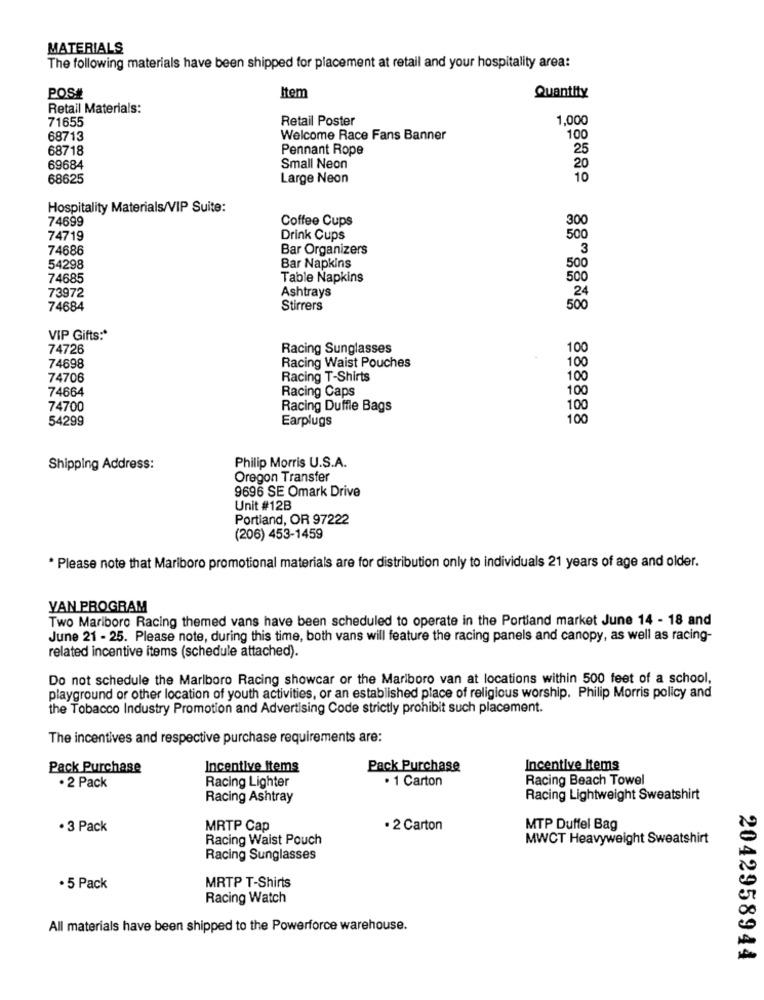
MATERIALS
The following materials have been shipped for placement at retail and your hospitality area:
POS#
Item
Quantity
Retail Materials:
71655
Retail Poster
1,000
68713
Welcome Race Fans Banner
100
68718
Pennant Rope
25
69684
Small Neon
20
68625
Large Neon
10
Hospitality Materials/VIP Suite:
74699
Coffee Cups
300
74719
Drink Cups
500
74686
Bar Organizers
3
500
54298
Bar Napkins
74685
Table Napkins
500
Ashtrays
24
73972
74684
Stirrers
500
VIP Gifts :*
74726
Racing Sunglasses
100
74698
Racing Waist Pouches
100
74706
Racing T-Shirts
100
74664
Racing Caps
100
74700
Racing Duffle Bags
10
54299
Earplugs
100
Philip Morris U.S.A.
Shipping Address:
Oregon Transfer
9696 SE Omark Drive
Unit #12B
Portland, OR 97222
(206) 453-1459
* Please note that Marlboro promotional materials are for distribution only to individuals 21 years of age and older.
VAN PROGRAM
Two Mariboro Racing themed vans have been scheduled to operate in the Portland market June 14 - 18 and
June 21 - 25. Please note, during this time, both vans will feature the racing panels and canopy, as well as racing-
related incentive items (schedule attached).
Do not schedule the Marlboro Racing showcar or the Marlboro van at locations within 500 feet of a school,
playground or other location of youth activities, or an established place of religious worship. Philip Morris policy and
the Tobacco Industry Promotion and Advertising Code strictly prohibit such placement.
The incentives and respective purchase requirements are:
Pack Purchase
Incentive Items
Pack Purchase
Incentive Items
Racing Lighter
· 1 Carton
Racing Beach Towel
· 2 Pack
Racing Ashtray
Racing Lightweight Sweatshirt
· 3 Pack
MRTP Cap
· 2 Carton
MTP Duffel Bag
Racing Waist Pouch
MWCT Heavyweight Sweatshirt
Racing Sunglasses
· 5 Pack
MRTP T-Shirts
Racing Watch
All materials have been shipped to the Powerforce warehouse.
2042958944